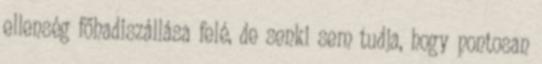
ellenség főhadiszállása felé, de senki sem tudja, hogy pontosan